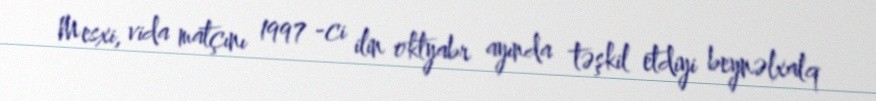
Mesxi, vida matçını 1997 -ci ilin oktyabr ayında təşkil etdiyi beynəlxalq